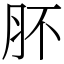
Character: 肧